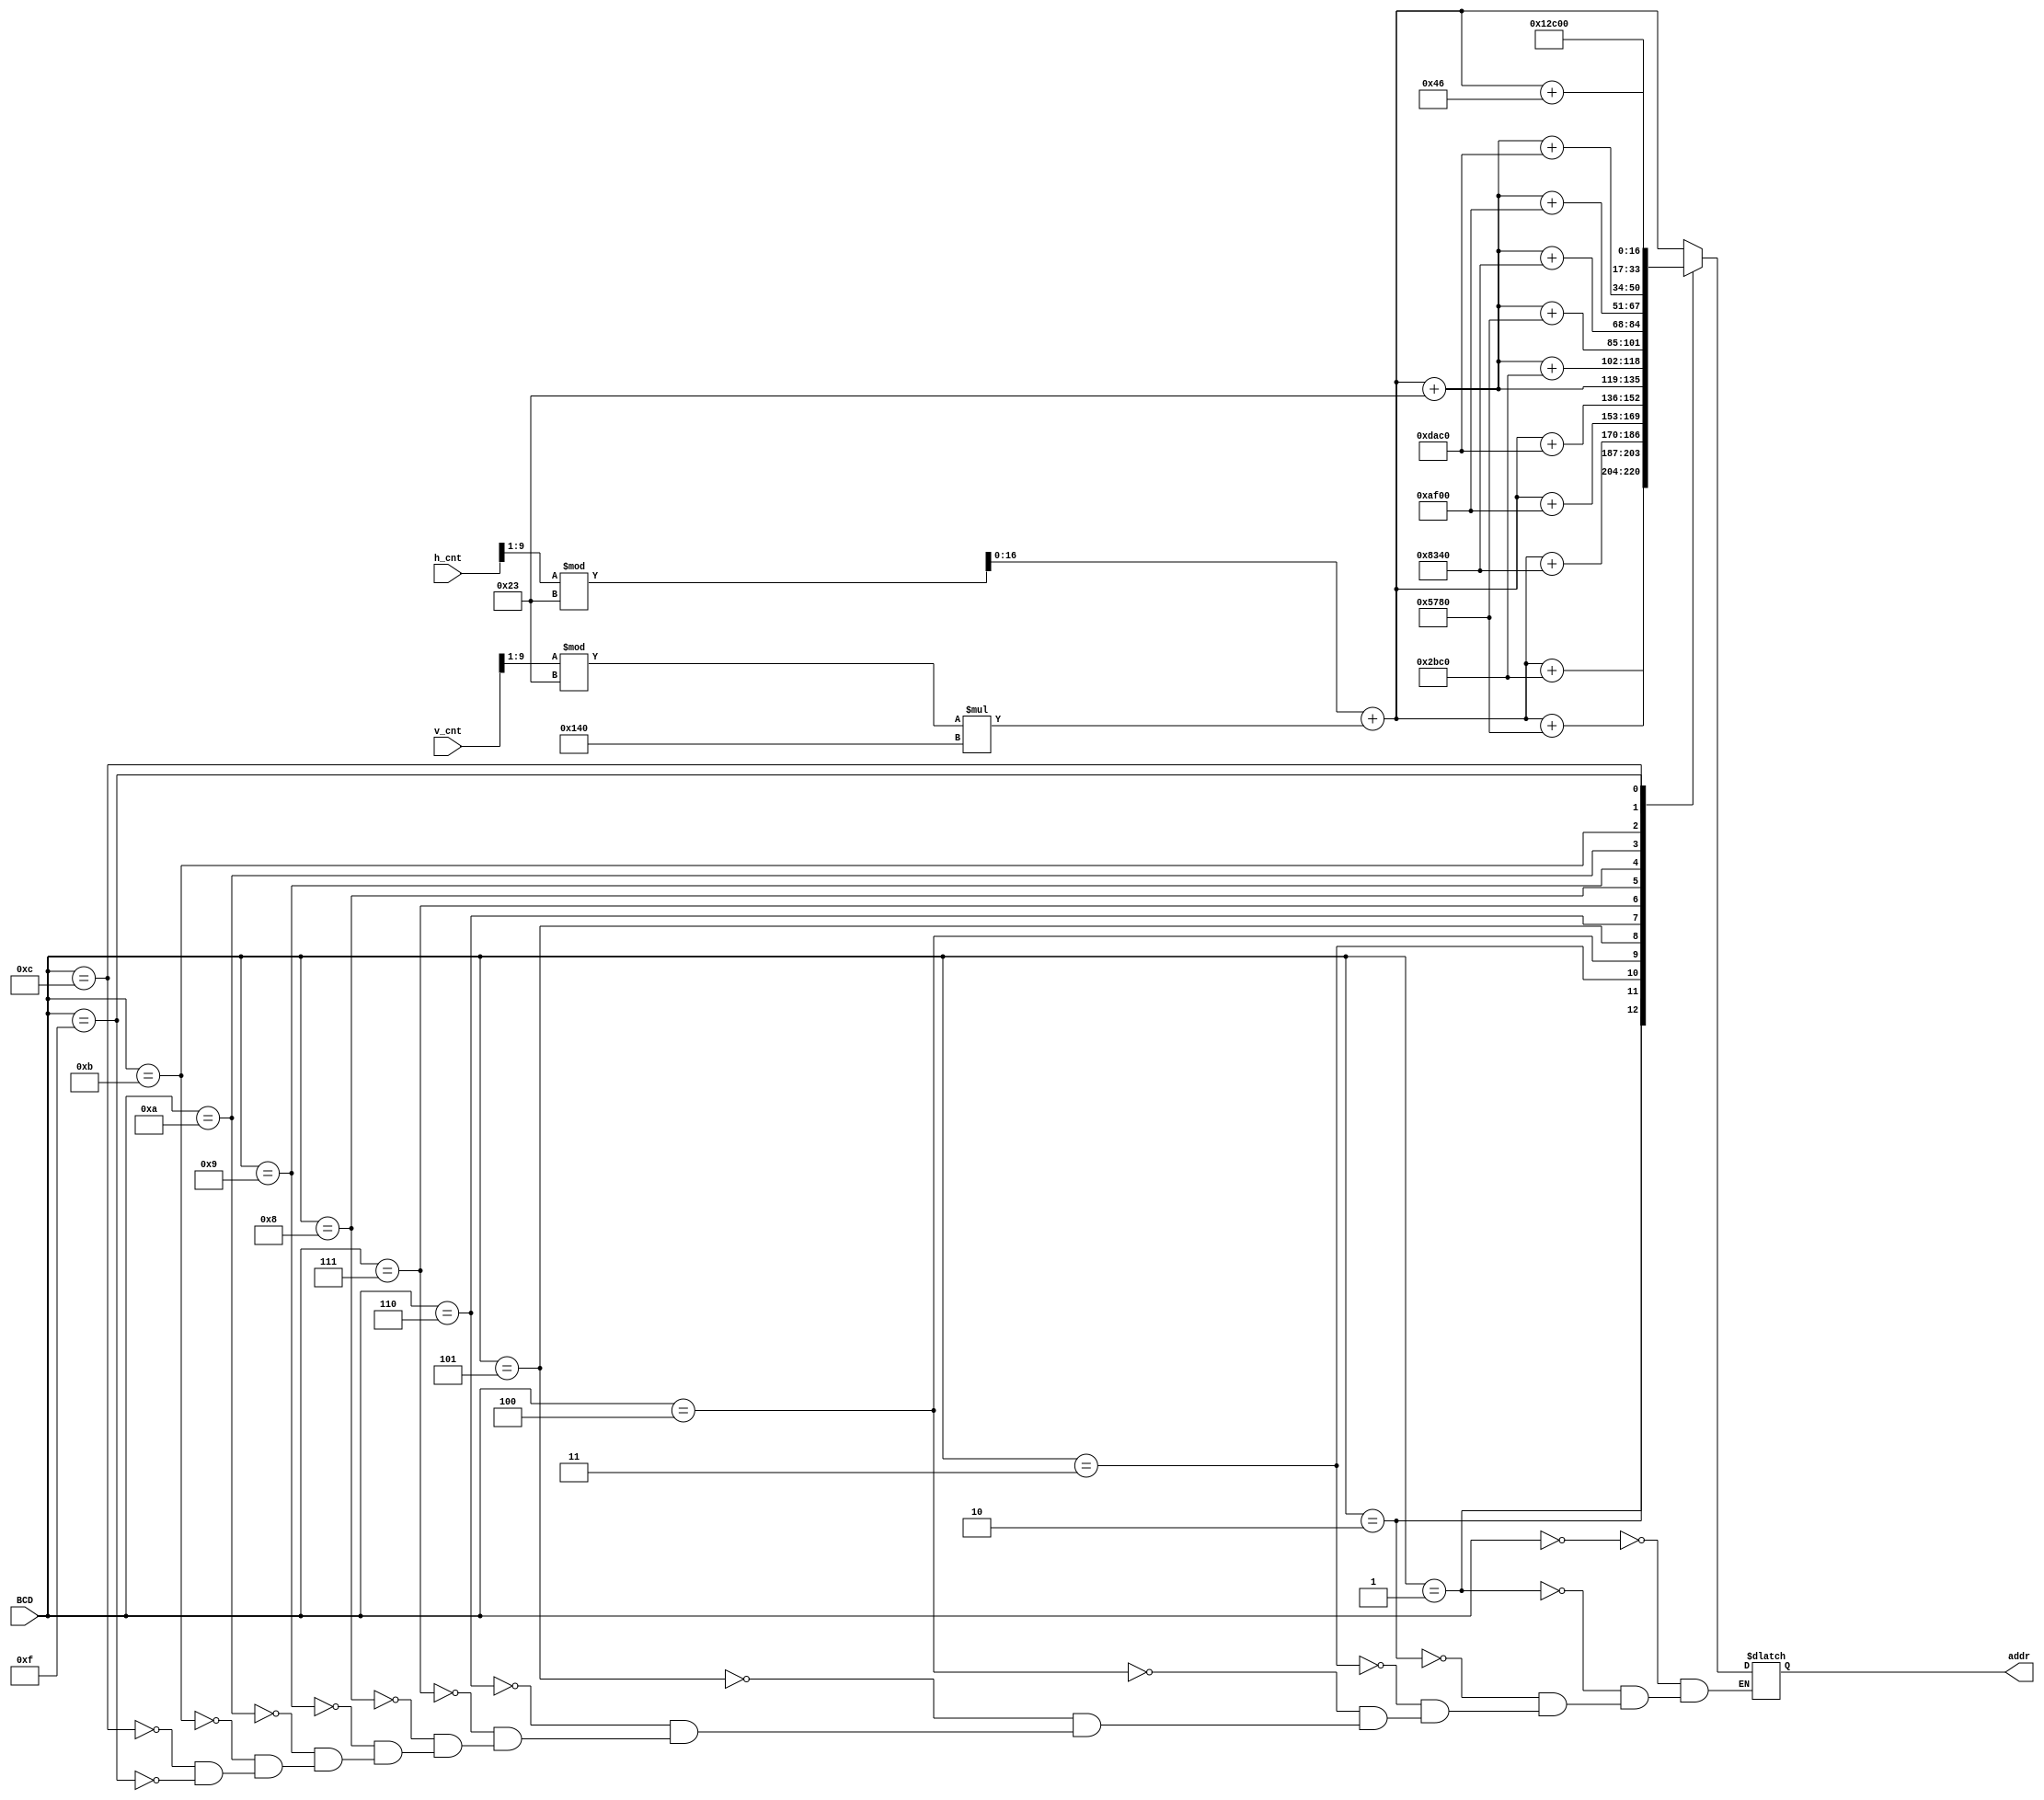
`timescale 1ns / 1ps
//////////////////////////////////////////////////////////////////////////////////
// Company: 
// Engineer: 
// 
// Design Name: 
// Module Name: addr_BCD_converter
// Project Name: 
// Target Devices: 
// Tool Versions: 
// Description: 
// 
// Dependencies: 
// 
// Revision:
// Revision 0.01 - File Created
// Additional Comments:
// 
//////////////////////////////////////////////////////////////////////////////////


module addr_BCD_converter(
    output reg [16:0] addr,
    input [3:0] BCD, 
    input [9:0] h_cnt,
    input [9:0] v_cnt
    );
    
    always @*
    begin
        case(BCD)
            4'd0 : addr = (h_cnt>>1)%35 + (v_cnt>>1)%35*320;
            4'd1 : addr = (h_cnt>>1)%35 + (v_cnt>>1)%35*320 +35*320;
            4'd2 : addr = (h_cnt>>1)%35 + (v_cnt>>1)%35*320 +35*320*2;
            4'd3 : addr = (h_cnt>>1)%35 + (v_cnt>>1)%35*320 +35*320*3;
            4'd4 : addr = (h_cnt>>1)%35 + (v_cnt>>1)%35*320 +35*320*4;
            4'd5 : addr = (h_cnt>>1)%35 + (v_cnt>>1)%35*320 +35*320*5;
            4'd6 : addr = (h_cnt>>1)%35 + (v_cnt>>1)%35*320 +35;
            4'd7 : addr = (h_cnt>>1)%35 + (v_cnt>>1)%35*320 +35+35*320;
            4'd8 : addr = (h_cnt>>1)%35 + (v_cnt>>1)%35*320 +35+35*320*2;
            4'd9 : addr = (h_cnt>>1)%35 + (v_cnt>>1)%35*320 +35+35*320*3;
            4'd10 : addr = (h_cnt>>1)%35 + (v_cnt>>1)%35*320 +35+35*320*4;
            4'd11 : addr = (h_cnt>>1)%35 + (v_cnt>>1)%35*320 +35+35*320*5;
            4'd12 : addr = (h_cnt>>1)%35 + (v_cnt>>1)%35*320 +35*2;
            4'd15 : addr = 76800;
        endcase
    end
    
endmodule